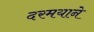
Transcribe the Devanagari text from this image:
दरमयाने